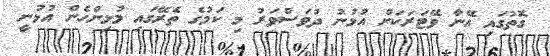
ގޮތުގައި އޭނާ ވޭޓަރަކަށް އުޅުނު ދުވަސްވަރު މި ކަމުގެ ތެރޭގައި މުޅިންހެން އުޅުނީ